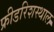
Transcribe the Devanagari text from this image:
फ्रीडरिशस्थाल